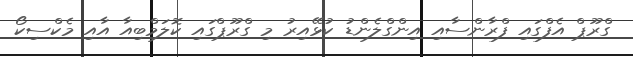
ގްރޫޕް އެފްގައި ފްރާންސާއި އިންގްލެންޑު ކުޅޭއިރު މި ގްރޫޕްގައި ކޮލަމްބިއާ އާއި މެކްސިކޯ